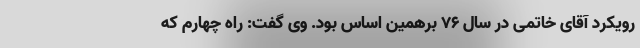
رویکرد آقای خاتمی در سال ۷۶ برهمین اساس بود. وی گفت: راه چهارم که